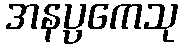
အနပ္ပကေသု